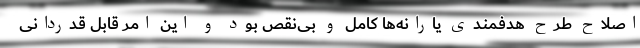
اصلاح طرح هدفمندی یارانه‌ها کامل و بی‌نقص بود و این امر قابل قدردانی